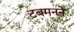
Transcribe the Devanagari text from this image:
टबमनने